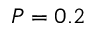
P = 0 . 2